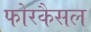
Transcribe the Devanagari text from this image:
फोरकैसल